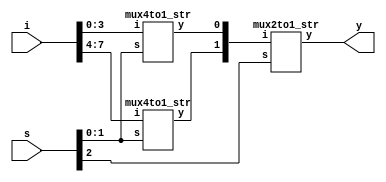
module mux8to1_str(i,s,y
    );
	 input [7:0]i;
	 input [2:0]s;
	 output y;
	 wire [2:1]w;
	 mux4to1_str n1(i[3:0],s[1:0],w[1]);
	 mux4to1_str n2(i[7:4],s[1:0],w[2]);
	 mux2to1_str n3(w[2:1],s[2],y);
endmodule
module mux4to1_str(i,s,y
    );
	 input [3:0]i;
	 input [1:0]s;
	 output y;
	 wire [2:1]w;
	 mux2to1_str n1(i[1:0],s[0],w[1]);
	 mux2to1_str n2(i[3:2],s[0],w[2]);
	 mux2to1_str n3(w[2:1],s[1],y);
endmodule
module mux2to1_str(i,s,y
    );
	 input s;
	 input [1:0]i;
	 output y;
	 wire w1,w2,w3;
	 //y=s'i0+si1;
	 not i1(w1,s);
	 and i2(w2,w1,i[0]);
	 and i3(w3,s,i[1]);
	 or i4(y,w2,w3);
endmodule
module mux8to1_str_tb;

	// Inputs
	reg [7:0] i;
	reg [2:0] s;

	// Outputs
	wire y;

	// Instantiate the design Under Test (DUT)
	mux8to1_str dut (i,s,y
	);

	initial begin
		// Initialize Inputs
		s=3'b000;i=8'b00000001;#100;
		s=3'b001;i=8'b00000010;#100;
		s=3'b010;i=8'b00000100;#100;
		s=3'b011;i=8'b00001000;#100;
		s=3'b100;i=8'b00010000;#100;
		s=3'b101;i=8'b00100000;#100;
		s=3'b110;i=8'b01000000;#100;
		s=3'b111;i=8'b10000000;#100;
		s=3'b000;i=8'b11111110;#100;
		s=3'b001;i=8'b11111101;#100;
		s=3'b010;i=8'b11111011;#100;
		s=3'b011;i=8'b11110111;#100;
		s=3'b100;i=8'b11101111;#100;
		s=3'b101;i=8'b11011111;#100;
		s=3'b110;i=8'b10111111;#100;
		s=3'b111;i=8'b01111111;#100;

	end
      
endmodule